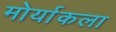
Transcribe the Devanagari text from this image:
मोर्याकला